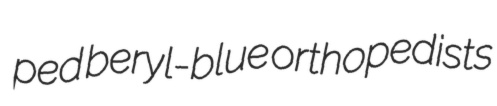
ped beryl-blue orthopedists